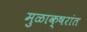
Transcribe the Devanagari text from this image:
मुळाक्षरांत